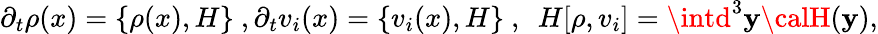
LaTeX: \partial_{t}\rho(x)=\{ \rho(x),H\} ~,\partial_{t}v_{i}(x)=\{ v_{i}(x),H\} ~,~~H[\rho,v_{i}]=\intd^{3}\mathbf{y}{\calH}(\mathbf{y}),